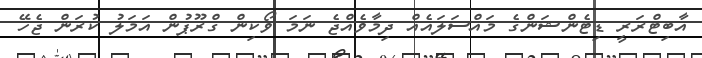
އާބިޓްރަރީ ޑިޓެންޝަންގެ މައްސަލައެއް ދިމާވެއްޖެ ނަމަ ވޯކިން ގްރޫޕުން އަމަލު ކުރަން ޖެހޭ